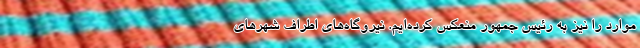
موارد را نیز به رئیس جمهور منعکس کرده‌ایم. نیروگاه‌های اطراف شهرهای